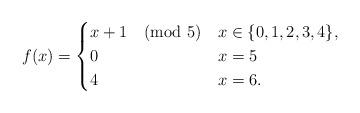
LaTeX: \begin{align*}f(x)= \begin{cases} x+1 \pmod 5 & x\in \{0,1,2,3,4\}, \\ 0 & x=5 \\ 4 & x=6.\end{cases}\end{align*}